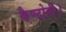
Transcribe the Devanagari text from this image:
कैण्टोनी।